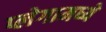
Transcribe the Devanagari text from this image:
प्लेगामध्ये